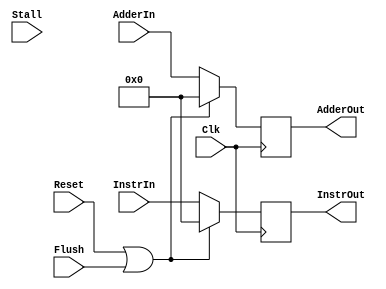
`timescale 1ns / 1ps
//////////////////////////////////////////////////////////////////////////////////
// Company: 
// Engineer: 
// 
// Design Name: 
// Module Name: IFID
// Project Name: 
// Target Devices: 
// Tool Versions: 
// Description: 
// 
// Dependencies: 
// 
// Revision:
// Revision 0.01 - File Created
// Additional Comments:
// 
//////////////////////////////////////////////////////////////////////////////////


module IFID(Reset, AdderIn, AdderOut, Clk, InstrIn, InstrOut, Flush, Stall);
    
    input Reset, Flush, Stall;
    input Clk;
    input [31:0] AdderIn;
    input [31:0] InstrIn;
    output reg [31:0] AdderOut;
    output reg [31:0] InstrOut;
    
    always @ (posedge Clk) begin
     if(((Reset == 1) || (Flush)) //|| (!Stall)
     ) begin
            AdderOut <= 0;
            InstrOut <= 0;
    end
    else begin
        AdderOut <= AdderIn;
        InstrOut <= InstrIn;
     end   
    
    end
endmodule